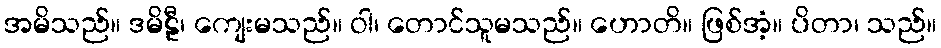
အမိသည်။ ဒမိဠီ၊ ကျေးမသည်။ ဝါ၊ တောင်သူမသည်။ ဟောတိ။ ဖြစ်အံ့။ ပိတာ၊ သည်။